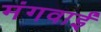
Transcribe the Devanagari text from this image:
मंगवाईं